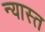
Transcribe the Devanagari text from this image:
न्यास्त